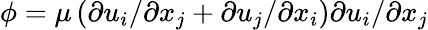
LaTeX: \phi=\mu\left(\partial u_{i}/\partial x_{j}+\partial u_{j}/\partial x_{i}\right)\partial u_{i}/\partial x_{j}